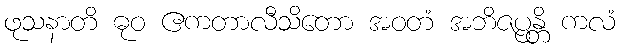
ဖုသနာတိ ဓုဝ ဧကတာလီသိတော အဝတံ အဘိဇပ္ပန္တိ ကလံ